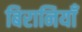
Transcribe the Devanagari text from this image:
बिरानियाँ